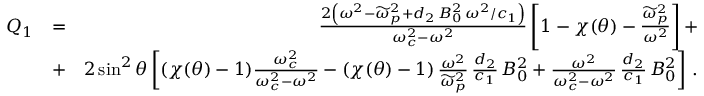
\begin{array} { r l r } { Q _ { 1 } } & { = } & { \frac { 2 \left( \omega ^ { 2 } - \widetilde { \omega } _ { p } ^ { 2 } + d _ { 2 } \, B _ { 0 } ^ { 2 } \, \omega ^ { 2 } / c _ { 1 } \right) } { \omega _ { c } ^ { 2 } - \omega ^ { 2 } } \left[ 1 - \chi ( \theta ) - \frac { \widetilde { \omega } _ { p } ^ { 2 } } { \omega ^ { 2 } } \right] + } \\ & { + } & { 2 \sin ^ { 2 } \theta \left[ ( \chi ( \theta ) - 1 ) \frac { \omega _ { c } ^ { 2 } } { \omega _ { c } ^ { 2 } - \omega ^ { 2 } } - ( \chi ( \theta ) - 1 ) \, \frac { \omega ^ { 2 } } { \widetilde { \omega } _ { p } ^ { 2 } } \, \frac { d _ { 2 } } { c _ { 1 } } \, B _ { 0 } ^ { 2 } + \frac { \omega ^ { 2 } } { \omega _ { c } ^ { 2 } - \omega ^ { 2 } } \, \frac { d _ { 2 } } { c _ { 1 } } \, B _ { 0 } ^ { 2 } \right] \, . } \end{array}